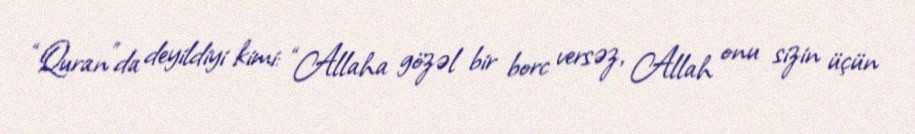
“Quran”da deyildiyi kimi: “Allaha gözəl bir borc versəz, Allah onu sizin üçün